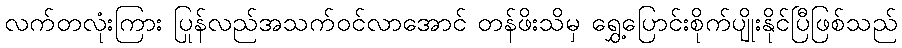
လက်တလုံးကြား ပြန်လည်အသက်ဝင်လာအောင် တန်ဖိုးသိမှ ရွှေ့ပြောင်းစိုက်ပျိုးနိုင်ပြီဖြစ်သည်